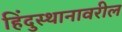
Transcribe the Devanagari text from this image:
हिंदुस्थानावरील